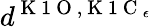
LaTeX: d^{\mathrm{~K~1~O~},\mathrm{~K~1~C~}_{\epsilon}}